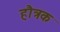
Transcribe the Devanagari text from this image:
हौत्रक